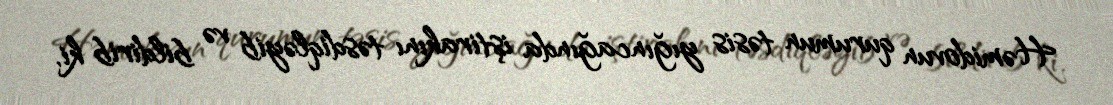
Həmidovun qurumun təsis yığıncağında iştirakını təsdiqləyib və bildirib ki,